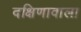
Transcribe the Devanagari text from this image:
दक्षिणावाला